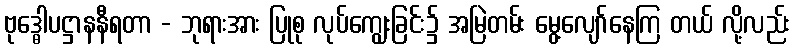
ဗုဒ္ဓေါပဋ္ဌာနနီရတာ - ဘုရားအား ပြုစု လုပ်ကျွေးခြင်း၌ အမြဲတမ်း မွေ့လျော်နေကြ တယ် လို့လည်း